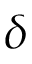
\delta